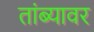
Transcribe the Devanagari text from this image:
तांब्यावर